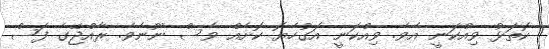
ކޮތަޅު ވިއްކަނީ އެވެ. ވިއްކަނީ އަގުހެޔޮ ކޮށެއް ވެސް ނޫނެވެ. ރާއްޖޭގެ ފަސް